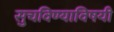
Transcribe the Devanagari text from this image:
सुचविण्याविषयी